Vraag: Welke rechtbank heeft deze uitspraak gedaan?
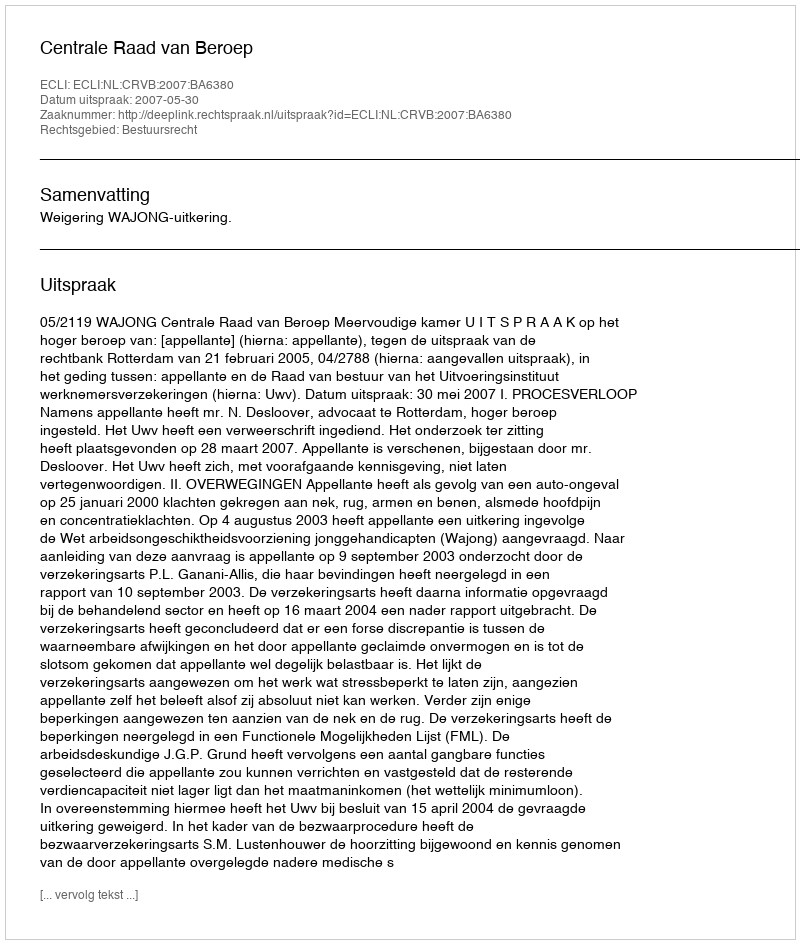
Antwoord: Centrale Raad van Beroep